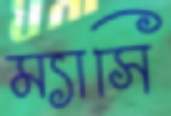
ম্যাসি